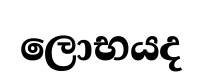
ලොභයද